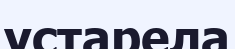
устарела